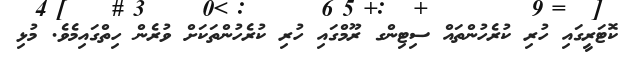
ކޮޓަރީގައި ހުރި ކުރެހުންތައް ސިޓިންގ ރޫމްގައި ހުރި ކުރެހުންތަކަށް ވުރެން ހިތްގައިމެވެ. މުޅި